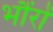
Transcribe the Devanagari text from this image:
भौंरों